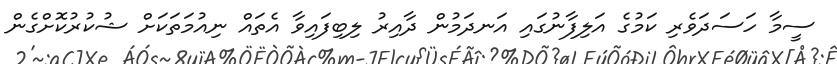
ސީމާ ހަސަދަވެރި ކަމުގެ އަލިފާނުގައި އަނދަމުން ދާއިރު ލިބިފައިވާ އެތައް ނިއުމަތަކަށް ޝުކުރުކޮށްގެން